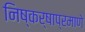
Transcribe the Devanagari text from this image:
निष्कर्षाप्रमाणे